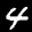
Label: 4